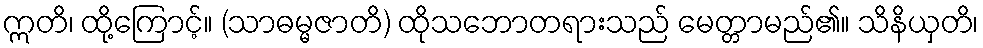
ဣတိ၊ ထို့ကြောင့်။ (သာဓမ္မဇာတိ) ထိုသဘောတရားသည် မေတ္တာမည်၏။ သိနိယှတိ၊